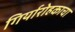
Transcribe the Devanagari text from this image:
गिर्यारोहकाचा